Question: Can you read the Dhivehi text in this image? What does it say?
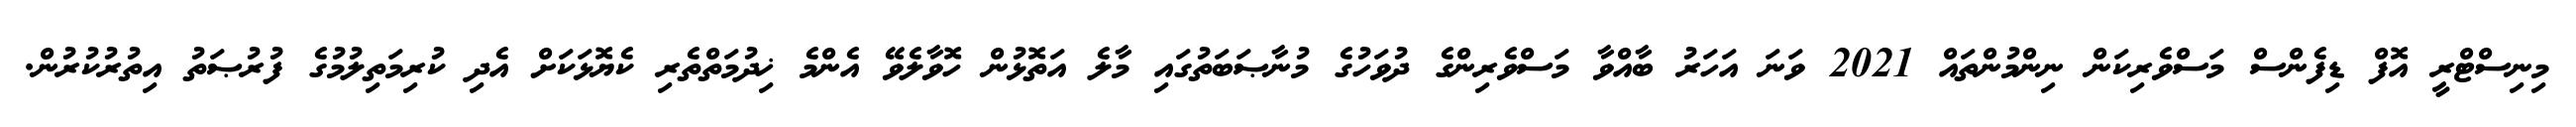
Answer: މިނިސްޓްރީ އޮފް ޑިފެންސް މަސްވެރިކަން ނިންމުންތައް 2021 ވަނަ އަހަރު ބާއްވާ މަސްވެރިންގެ ދުވަހުގެ މުނާޞަބަތުގައި މާލެ އަތޮޅުން ހޮވާލެވޭ އެންމެ ޚިދުމަތްތެރި ކެޔޮޅަކަށް އެދި ކުރިމަތިލުމުގެ ފުރުޞަތު އިތުރުކުރުން.